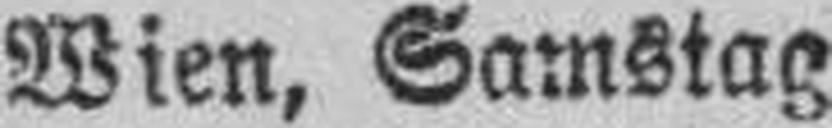
Wien, Samstag